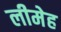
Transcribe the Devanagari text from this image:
लीमेह